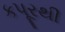
કપૂરથી